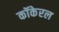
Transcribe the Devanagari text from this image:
कॉकेरल